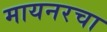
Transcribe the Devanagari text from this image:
मायनरचा